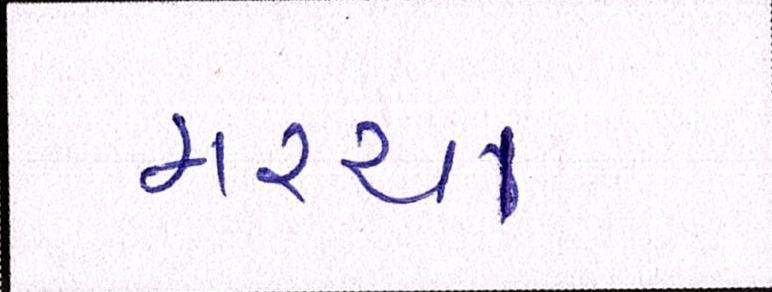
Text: મરચા